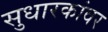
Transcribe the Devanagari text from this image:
सुधारकांवर